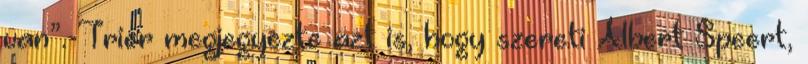
van”. Trier megjegyezte azt is, hogy szereti Albert Speert,